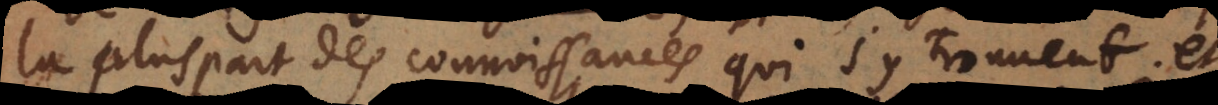
la pluspart des connoissances qui s’y trouvent; et